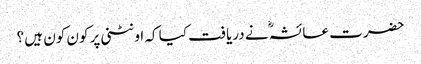
حضرت عائشہؓ نے دریافت کیا کہ اونٹنی پر کون کون ہیں ؟